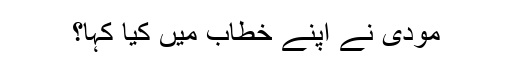
مودی نے اپنے خطاب میں کیا کہا؟